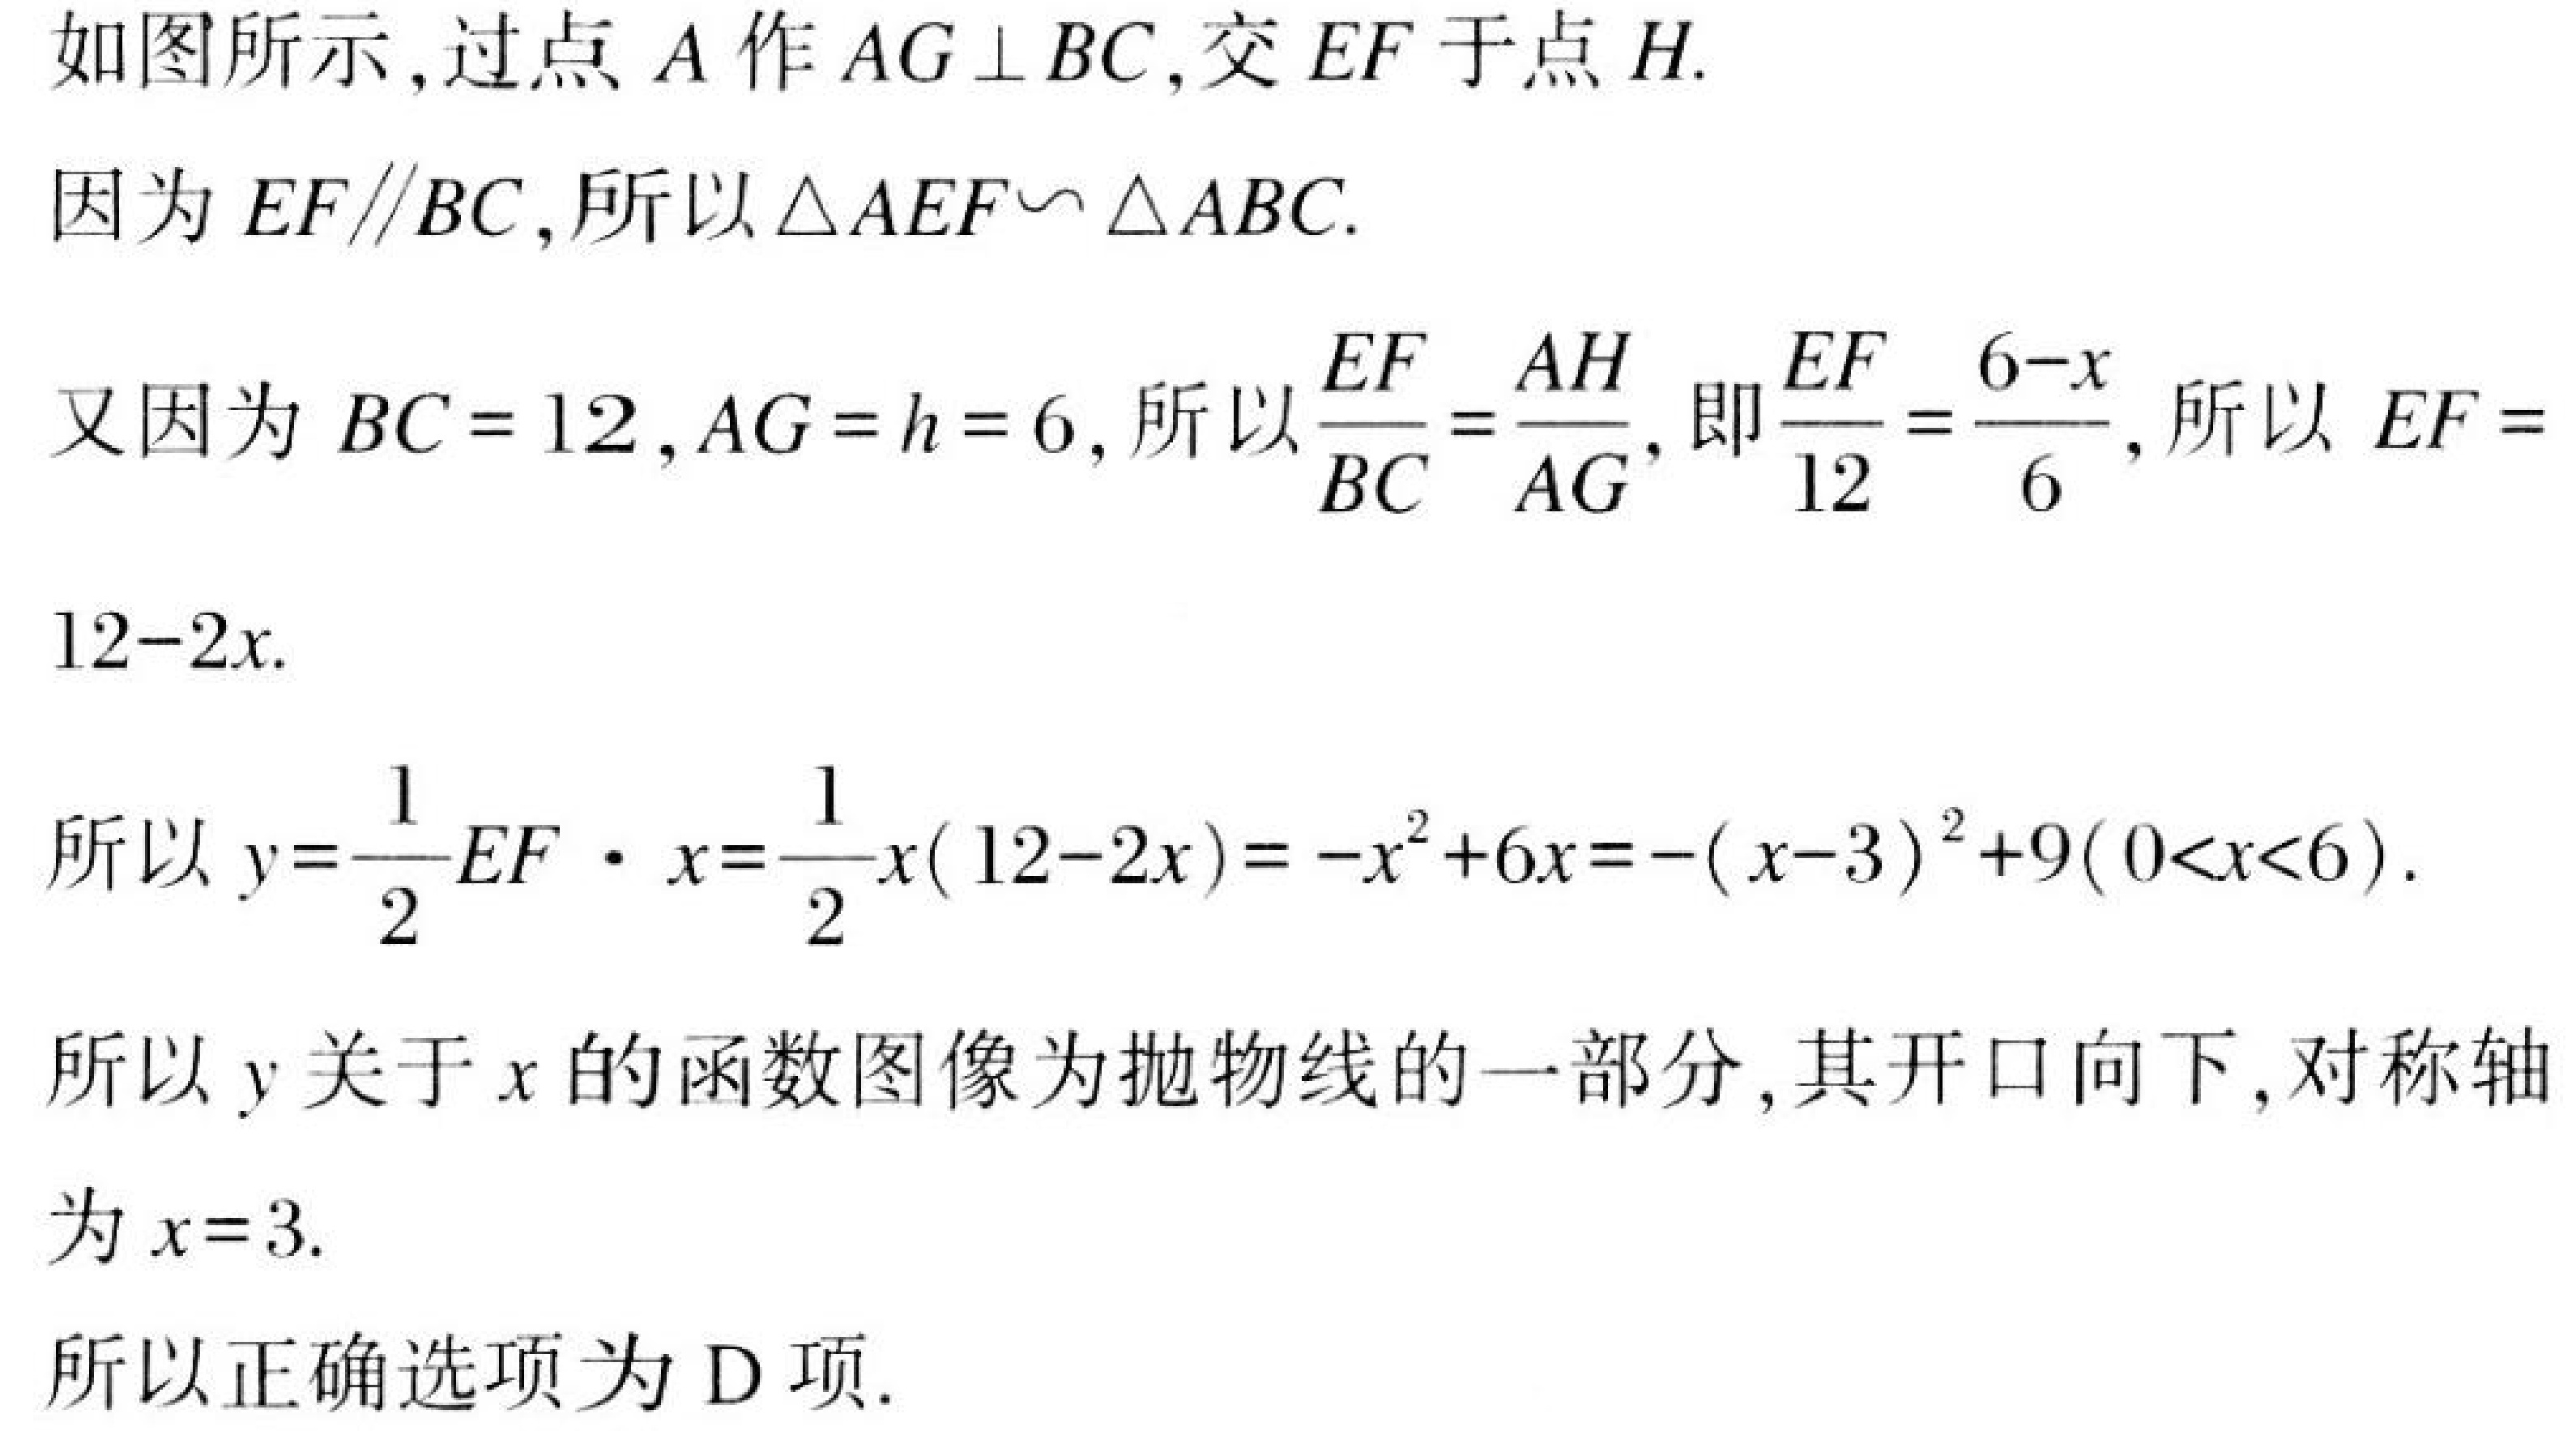
如图所示,过点\(A\)作\(AG \perp BC\),交\(EF\)于点\(H\).
因为\(EF\parallel BC\),所以\(\triangle AEF\backsim \triangle ABC\).
又因为\(BC = 12\),\(AG = h = 6\),所以\(\frac{EF}{BC}=\frac{AH}{AG}\),即\(\frac{EF}{12}=\frac{6 - x}{6}\),所以 \(EF = 12 - 2x\).
所以 \(y=\frac{1}{2}EF\cdot x=\frac{1}{2}x(12 - 2x)=-x^{2}+6x=-(x - 3)^{2}+9(0<x<6)\).
所以\(y\)关于\(x\)的函数图像为抛物线的一部分,其开口向下,对称轴为\(x = 3\).
所以正确选项为\(D\)项.